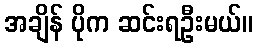
အချိန် ပိုက ဆင်းရဦးမယ်။